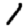
Digit: 1